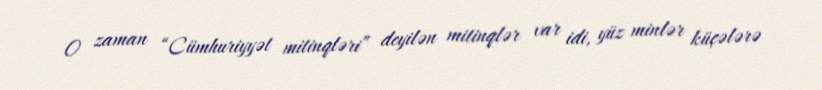
O zaman “Cümhuriyyət mitinqləri” deyilən mitinqlər var idi, yüz minlər küçələrə